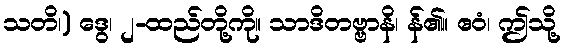
သတိ၊) ဒွေ၊ ၂-ထည်တို့ကို။ သာဒိတဗ္ဗာနိ၊ န်၏။ ဧဝံ၊ ဤသို့